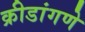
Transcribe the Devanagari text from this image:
क्रीडांगणे